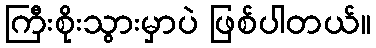
ကြီးစိုးသွားမှာပဲ ဖြစ်ပါတယ်။